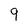
Character: 9